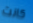
كانت